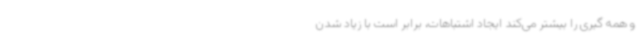
و همه گیری را بیشتر می‌کند ایجاد اشتباهات، برابر است با زیاد شدن